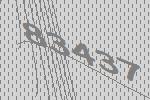
83437